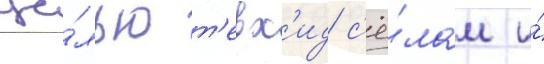
це́лью т'евх'ид с'ё́лам и́